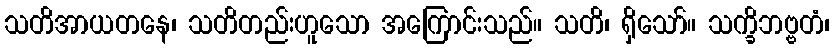
သတိအာယတနေ၊ သတိတည်းဟူသော အကြောင်းသည်။ သတိ၊ ရှိသော်။ သက္ခိဘဗ္ဗတံ၊